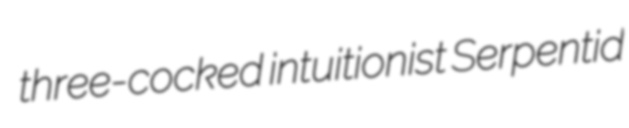
three-cocked intuitionist Serpentid